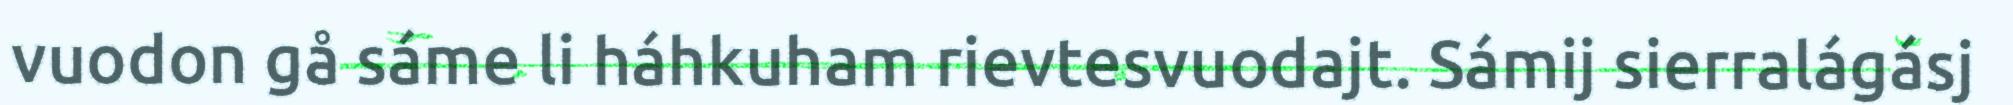
vuodon gå sáme li háhkuham rievtesvuodajt. Sámij sierralágásj